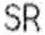
SR